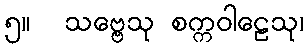
၅။  သဗ္ဗေသု စက္ကဝါဠေသု၊